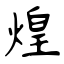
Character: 煌